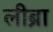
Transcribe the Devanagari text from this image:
लीब्रा